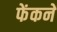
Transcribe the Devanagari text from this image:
फेंकनें